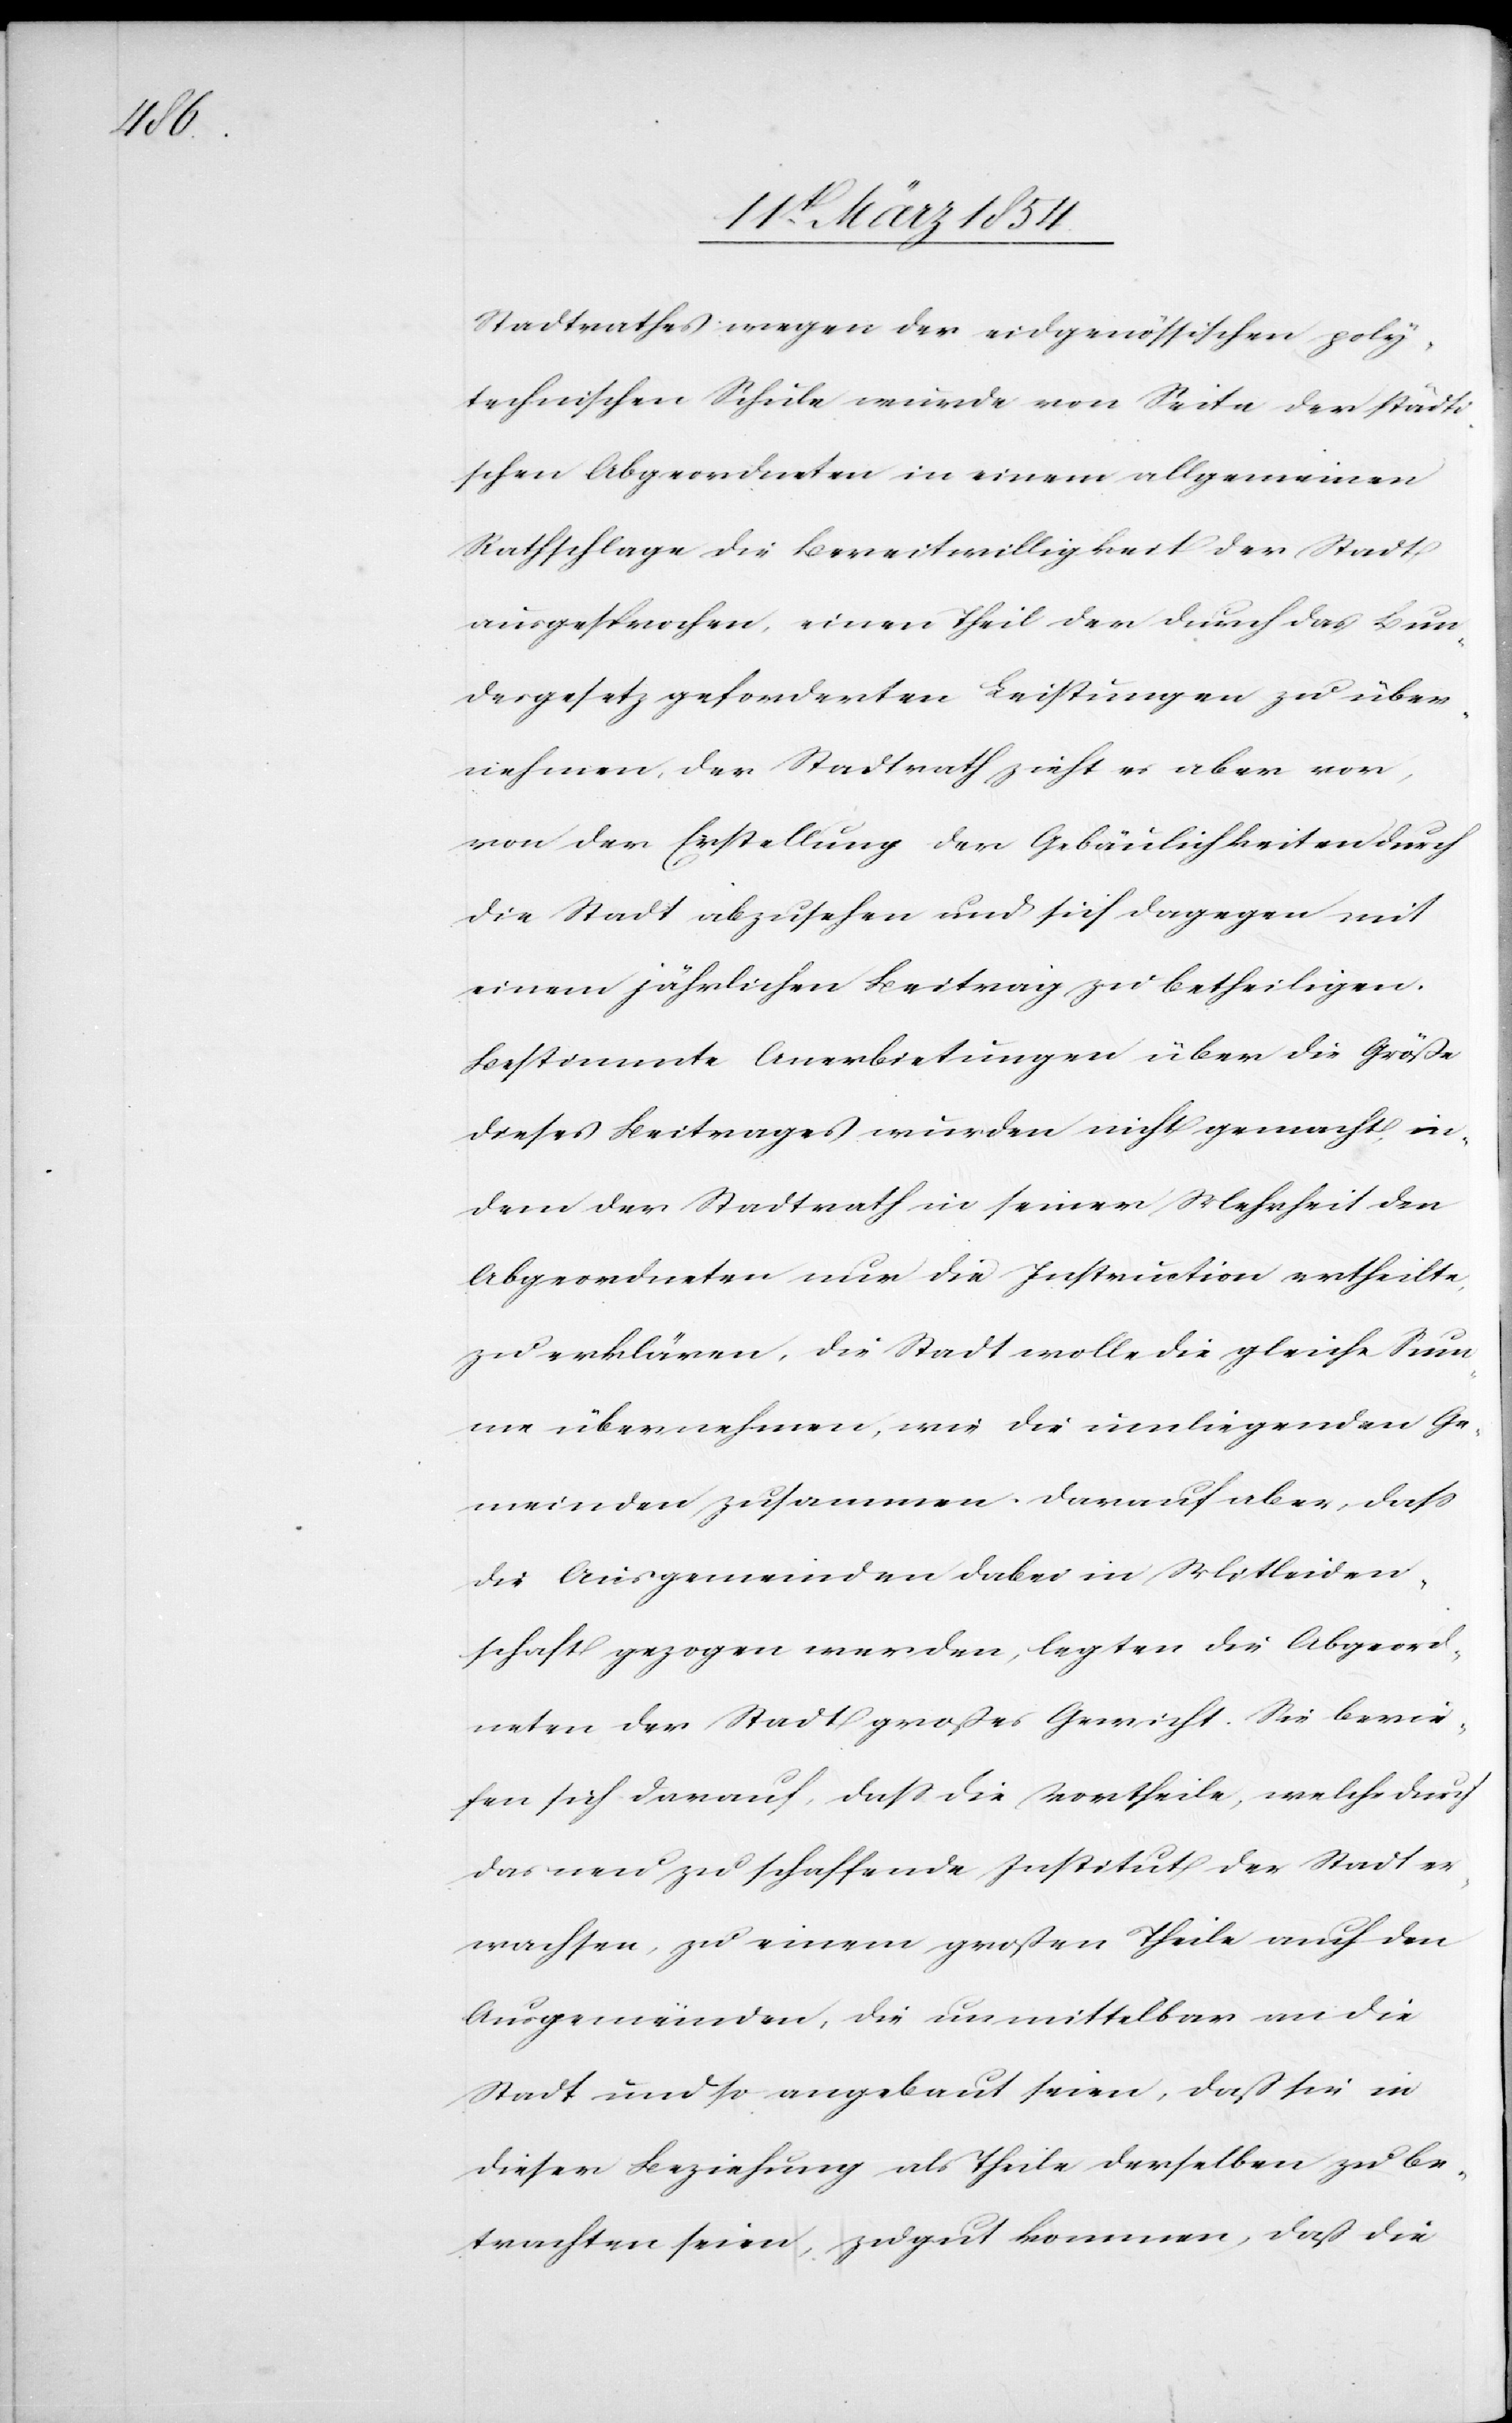
Stadtrathes wegen der eidgenössischen poly¬
technischen Schule wurde von Seite der städti¬
schen Abgeordneten in einem allgemeinen
Rathschlage die Bereitwilligkeit der Stadt
ausgesprochen, einen Theil der durch das Bun¬
desgesetz geforderten Leistungen zu über¬
nehmen, der Stadtrath zieht es aber vor,
von der Erstellung der Gebäulichkeiten durch
die Stadt abzusehen und sich dagegen mit
einem jährlichen Beitrag zu betheiligen.
Bestimmte Anerbietungen über die Größe
dieses Beitrages wurden nicht gemacht, in¬
dem der Stadtrath in seiner Mehrheit den
Abgeordneten nur die Instruction ertheilte,
zu erklären, die Stadt wolle die gleiche Sum¬
me übernehmen, wie die umliegenden Ge¬
meinden zusammen. Darauf aber, daß
die Ausgemeinden dabei in Mitleiden¬
schaft gezogen werden, legten die Abgeord¬
neten der Stadt großes Gewicht. Sie berie¬
fen sich darauf, daß die Vortheile, welche durch
das neu zu schaffende Institut der Stadt er¬
wachsen, zu einem großen Theile auch den
Ausgemeinden, die unmittelbar an die
Stadt und so angebaut seien, daß sie in
dieser Beziehung als Theile derselben zu be¬
trachten seien, zugut kommen, daß die